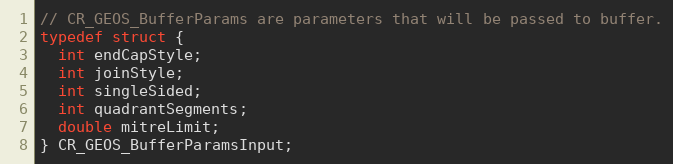
Language: C
// CR_GEOS_BufferParams are parameters that will be passed to buffer.
typedef struct {
  int endCapStyle;
  int joinStyle;
  int singleSided;
  int quadrantSegments;
  double mitreLimit;
} CR_GEOS_BufferParamsInput;